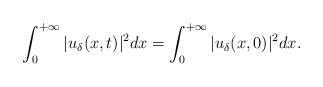
LaTeX: \begin{align*}\int_0^{+\infty}|u_{\delta}(x,t)|^2dx=\int_0^{+\infty}|u_{\delta}(x,0)|^2dx.\end{align*}